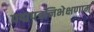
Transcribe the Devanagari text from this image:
पद्मपत्रनिभेक्षणाम्